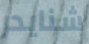
شنايدر